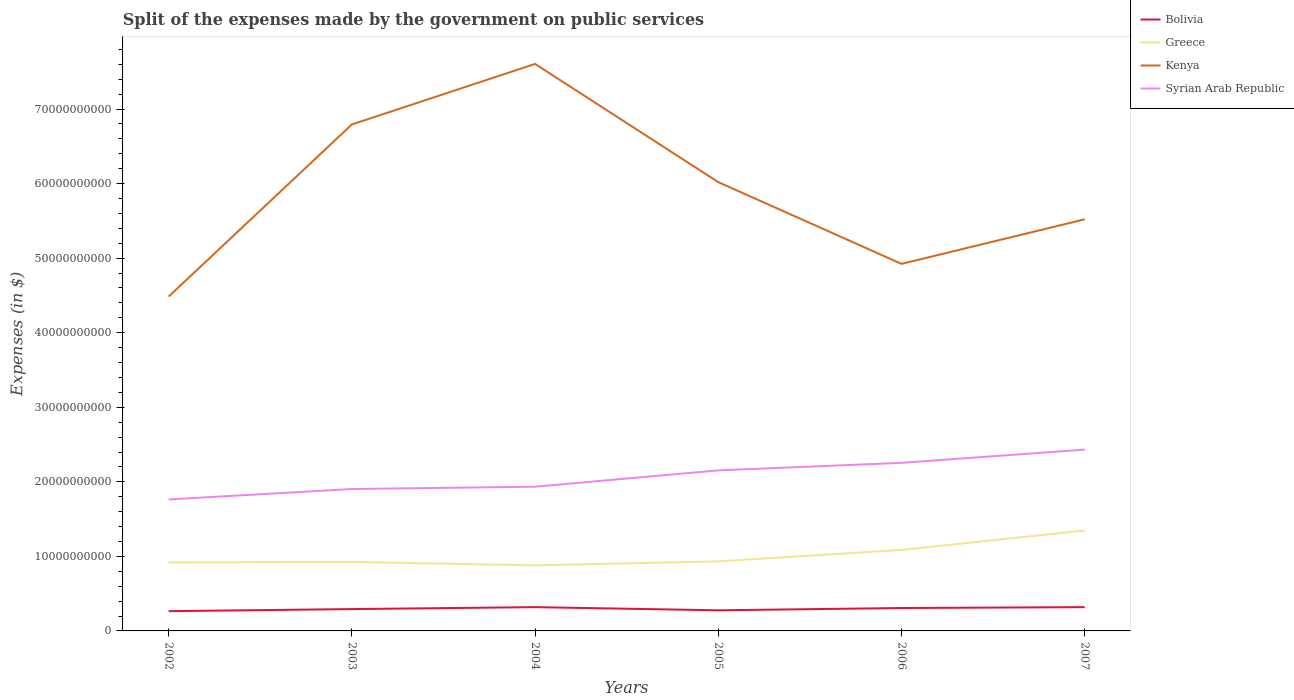
| Years | Bolivia | Greece | Kenya | Syrian Arab Republic |
 | --- | --- | --- | --- | --- |
 | 2002 | 2.65e+09 | 9.18e+09 | 4.49e+10 | 1.76e+10 |
 | 2003 | 2.93e+09 | 9.25e+09 | 6.79e+10 | 1.9e+10 |
 | 2004 | 3.19e+09 | 8.8e+09 | 7.61e+10 | 1.93e+10 |
 | 2005 | 2.77e+09 | 9.33e+09 | 6.02e+10 | 2.15e+10 |
 | 2006 | 3.07e+09 | 1.09e+10 | 4.92e+10 | 2.25e+10 |
 | 2007 | 3.19e+09 | 1.35e+10 | 5.52e+10 | 2.43e+10 |